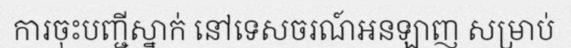
ការចុះបញ្ជីស្នាក់ នៅទេសចរណ៍អនឡាញ សម្រាប់